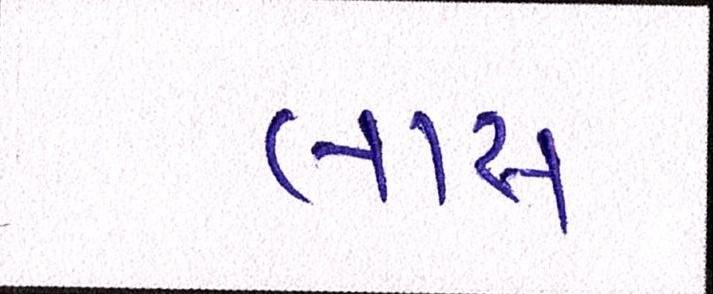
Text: લાસ